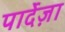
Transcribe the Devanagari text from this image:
पार्देज़ा